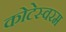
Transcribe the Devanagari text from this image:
कोटेस्वरम